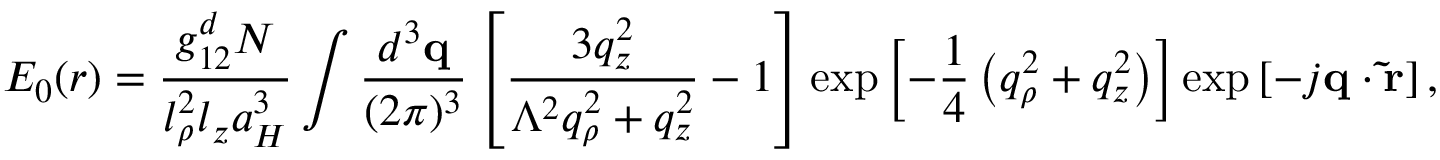
E _ { 0 } ( \boldsymbol { r } ) = \frac { g _ { 1 2 } ^ { d } N } { l _ { \rho } ^ { 2 } l _ { z } a _ { H } ^ { 3 } } \int \frac { d ^ { 3 } \mathbf { q } } { ( 2 \pi ) ^ { 3 } } \left[ \frac { 3 q _ { z } ^ { 2 } } { \Lambda ^ { 2 } q _ { \rho } ^ { 2 } + q _ { z } ^ { 2 } } - 1 \right] \exp \left[ - \frac { 1 } { 4 } \left( q _ { \rho } ^ { 2 } + q _ { z } ^ { 2 } \right) \right] \exp \left[ - j \mathbf { q } \cdot \mathbf { \tilde { r } } \right] ,